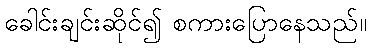
ခေါင်းချင်းဆိုင်၍ စကားပြောနေသည်။